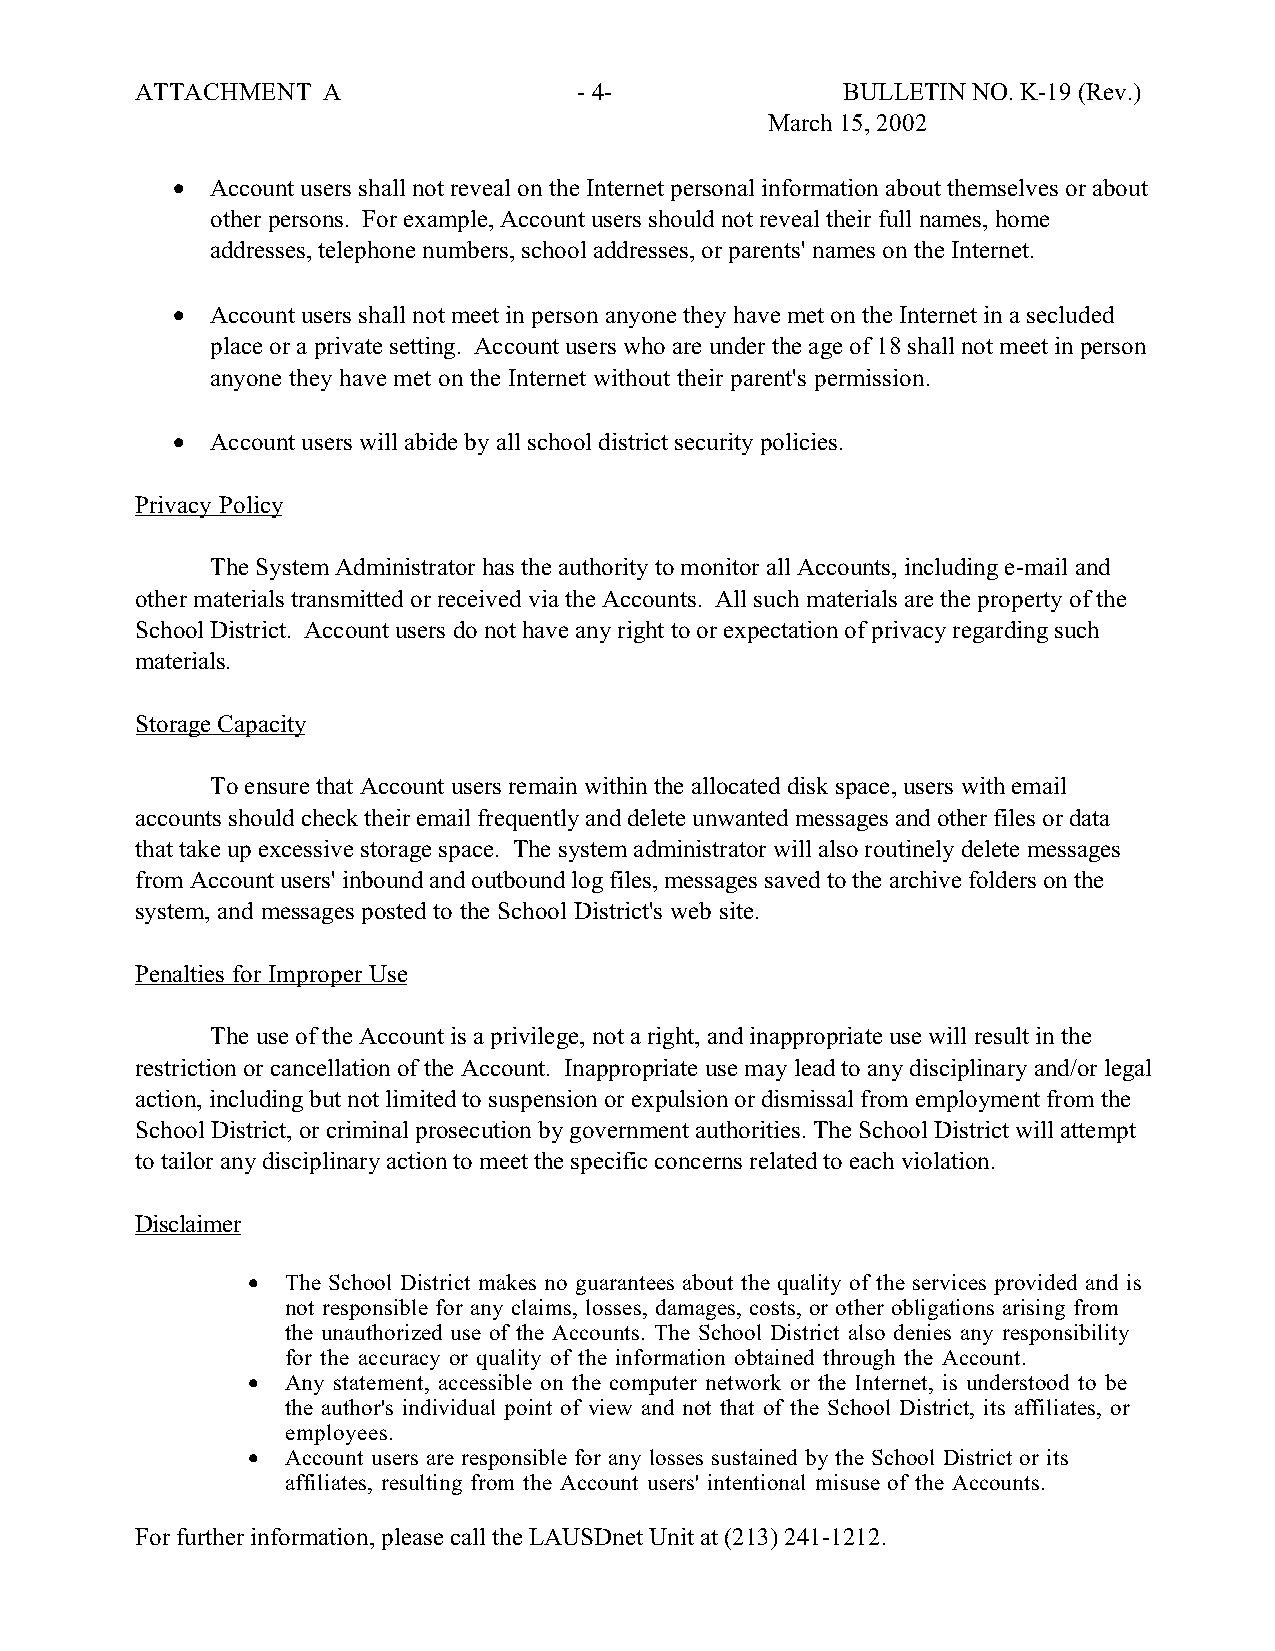
ATTACHMENT  A                - 4-              BULLETIN NO. K-19 (Rev.)
 March 15, 2002
 •  Account users shall not reveal on the Internet personal information about themselves or about
 other persons. For example, Account users should not reveal their full names, home
 addresses, telephone numbers, school addresses, or parents' names on the Internet.
 •  Account users shall not meet in person anyone they have met on the Internet in a secluded
 place or a private setting. Account users who are under the age of 18 shall not meet in person
 anyone they have met on the Internet without their parent's permission.
 •  Account users will abide by all school district security policies.
 Privacy Policy
 The System Administrator has the authority to monitor all Accounts, including e-mail and
 other materials transmitted or received via the Accounts. All such materials are the property of the
 School District. Account users do not have any right to or expectation of privacy regarding such
 materials.
 Storage Capacity
 To ensure that Account users remain within the allocated disk space, users with email
 accounts should check their email frequently and delete unwanted messages and other files or data
 that take up excessive storage space. The system administrator will also routinely delete messages
 from Account users' inbound and outbound log files, messages saved to the archive folders on the
 system, and messages posted to the School District's web site.
 Penalties for Improper Use
 The use of the Account is a privilege, not a right, and inappropriate use will result in the
 restriction or cancellation of the Account. Inappropriate use may lead to any disciplinary and/or legal
 action, including but not limited to suspension or expulsion or dismissal from employment from the
 School District, or criminal prosecution by government authorities. The School District will attempt
 to tailor any disciplinary action to meet the specific concerns related to each violation.
 Disclaimer
 •  The School District makes no guarantees about the quality of the services provided and is
 not responsible for any claims, losses, damages, costs, or other obligations arising from
 the unauthorized use of the Accounts. The School District also denies any responsibility
 for the accuracy or quality of the information obtained through the Account.
 •  Any statement, accessible on the computer network or the Internet, is understood to be
 the author's individual point of view and not that of the School District, its affiliates, or
 employees.
 •  Account users are responsible for any losses sustained by the School District or its
 affiliates, resulting from the Account users' intentional misuse of the Accounts.
 For further information, please call the LAUSDnet Unit at (213) 241-1212.